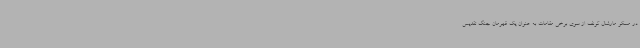
در مسکو مارشال کونف از سوی برخی مقامات به عنوان یک قهرمان جنگ تقدیس